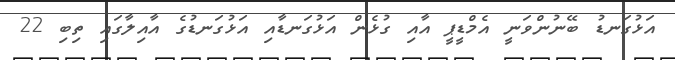
އަޅުގަނޑު ބޭނުންވަނީ އެމްޑީޕީ އާއި ގުޅެން އަޅުގަނޑާއި އަޅުގަނޑުގެ އާއިލާގައި ތިބި 22